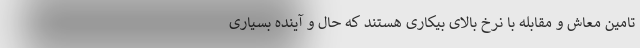
تامین معاش و مقابله با نرخ بالای بیکاری هستند که حال و آینده بسیاری